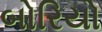
બોરિયો